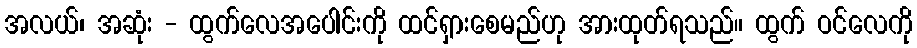
အလယ်၊ အဆုံး - ထွက်လေအပေါင်းကို ထင်ရှားစေမည်ဟု အားထုတ်ရသည်။ ထွက် ဝင်လေကို